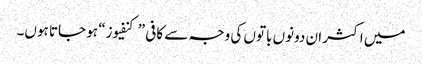
میں اکثر ان دونوں باتوں کی وجہ سے کافی ”کنفیوز“ ہو جاتا ہوں۔